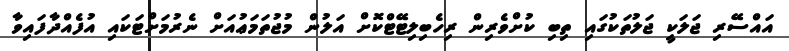
އައްސޭރި ޖަލަކީ ޖަލުތަކުގައި ތިބި ކުށްވެރިން ރިހެބިލިޓޭޓްކޮށް އަލުން މުޖުތަމަޢުއަށް ނެރުމަށްޓަކައި އުފެއްދާފައިވާ